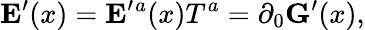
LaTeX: {\mathbf E}^{\prime}(x)={\mathbf E}^{\prime}{}^{a}(x)T^{a}=\partial_{0}{\mathbf G}^{\prime}(x),